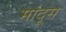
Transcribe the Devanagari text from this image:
मांदूस